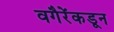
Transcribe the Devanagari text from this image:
वगैरेंकडून